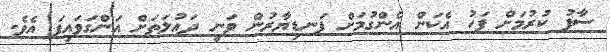
ސާފު ކުރުމަށް ފަހު އެކަން އެންގުމަށް ފަނޑިޔާރުން ވަނީ ދައުލަތަށް އަންގަވައިފަ އެވެ.